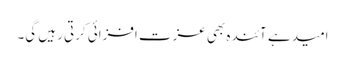
امید ہے آئندہ بھی عزت افزائی کرتی رہیں گی۔